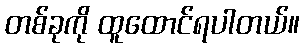
တစ်ခုကို ထူထောင်ရပါတယ်။